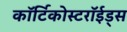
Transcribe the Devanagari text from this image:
कॉर्टिकोस्टरॉईड्स